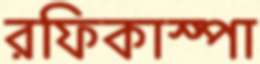
রফিকাস্পা